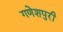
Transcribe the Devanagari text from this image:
गणेशपुरी